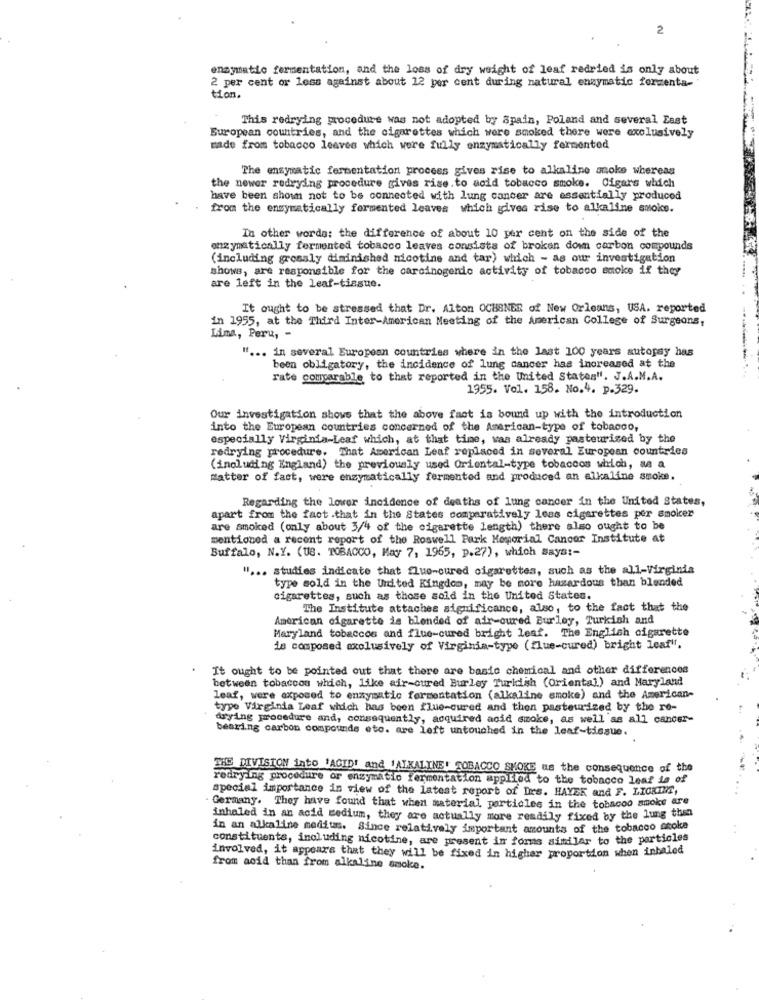
2
enzymatic fermentation, and the loss of dry weight of leaf redried is only about
2 per cent or less against about 12 per cent during natural enzymatic formenta-
tion.
This redrying procedure was not adopted by Spain, Poland and several Last
European countries, and the cigarettes which were smoked there were exclusively
made from tobacco leaves which were fully enzymatically fermented
The enzymatic fermentation process gives rise to alkaline snoke whereas
the newer redrying procedure gives rise.to acid tobacco smoke. Cigars which
have been shown not to be connected with lung cancer are essentially produced
from the enzymatically fermented leaves which gives rise to alkaline smoice.
In other words: the difference of about 10 per cent on the side of the
enzymatically fermented tobacco leaves consists of broken down carbon compounds
(including grossly diminished nicotine and tar) which - as our investigation
shows, are responsible for the carcinogenic activity of tobacco smoke if they
are left in the leaf-tissue.
It ought to be stressed that Dr. Alton OCHSNER of New Orleans, USA. reported
in 1955, at the Third Inter-American Meeting of the American College of Surgeons,
Lima, Peru, -
" ... in several European countries where in the last 100 years autopsy has
been obligatory, the incidence of lung cancer has increased at the
rate comparable to that reported in the United States". J.A.M.A.
1955. Vol. 158. No.4. p.329.
Our investigation shows that the above fact is bound up with the introduction
into the European countries concerned of the American-type of tobacco,
especially Virginia-Leaf which, at that time, was already pasteurized by the
redrying procedure. That American Leaf replaced in several European countries
(including England) the previously used Oriental-type tobaccos which, as a
Matter of fact, were enzymatically fermented and produced an alkaline smoke.
Regarding the lower incidence of deaths of lung cancer in the United States,
apart from the fact .that in the States comparatively less cigarettes per smoker
are smoked (only about 3/4 of the cigarette length) there also ought to be
mentioned a recent report of the Roswell Park Memorial Cancer Institute at
Buffalo, N.Y. (US. TOBACCO, May 7, 1965, p.27), which Says :-
11 ... studies indicate that flue-cured cigarettes, such as the all-Virginia
type sold in the United Kingdom, may be more hazardous than blended
cigarettes, such as those sold in the United States.
The Institute attaches significance, also, to the fact that the
American cigarette is blended of air-cured Burley, Turkish and
Maryland tobaccos and flue-cured bright leaf. The English cigarette
is composed exclusively of Virginia-type (flue-cured) bright leaf".
It ought to be pointed out that there are basic chemical and other differences
between tobaccos which, like air-cured Burley Turidish (Oriental) and Maryland
leaf, were exposed to enzymatic fermentation (alkaline smoke) and the American-
type Virginia Leaf which has been flue-cured and then pasteurized by the re-
Arying procedure and, consequently, acquired acid smoke, as well as all cancer-
bearing carbon compounds etc. are left untouched in the leaf-tissue.
THE DIVISION into 'ACUDE and IALKALINE' TOBACCO SMOKE us the consequence of the
redrying procedure or enzymatic fermentation applied to the tobacco lose to
special importance in view of the latest report of Drs. HAYER and F. LIOKIM,
Germany. They have found that when material particles in the tobacco smoke are
inhaled in an acid medium, they are actually more readily fixed by the lung then
in an alkaline medius. Since relatively important amounts of the tobacco anoke
constituents, including nicotine, are present in forms similar to the particles
involved, it appears that they will be fixed in higher proportion when inhaled
from acid than from alkaline smoke.